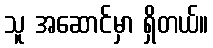
သူ အဆောင်မှာ ရှိတယ်။